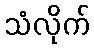
သံလိုက်